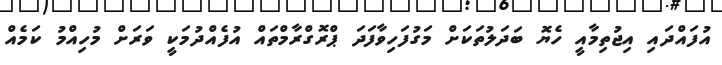
އުފައްދައި އިޖުތިމާއީ ހެޔޮ ބަދަލުތަކަށް މަގުފަހިވާފަދަ ޕްރޮގްރާމްތައް އުފެއްދުމަކީ ވަރަށް މުހިއްމު ކަމެއް